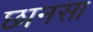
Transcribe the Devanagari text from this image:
छानसा